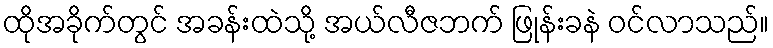
ထိုအခိုက်တွင် အခန်းထဲသို့ အယ်လီဇဘက် ဖြုန်းခနဲ ဝင်လာသည်။